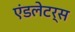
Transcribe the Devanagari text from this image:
एंडलेटर्स